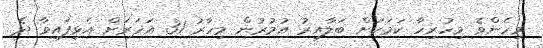
މިހެންވެ މިހުރިހާ ކަމަކަށް ބަލާއިރު އުމުރުން މިހާރު 31 އަހަރަށް އެޅިފައިވާ ދެ